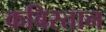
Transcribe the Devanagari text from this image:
कबिस्तान